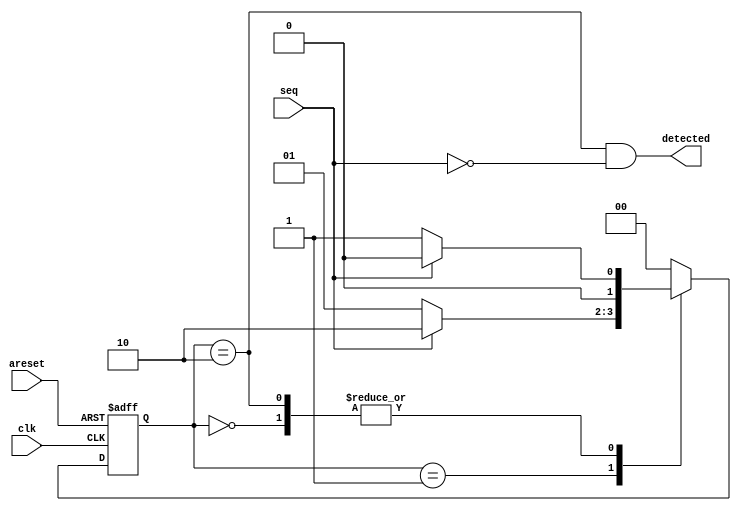
`timescale 1ns / 1ps
//////////////////////////////////////////////////////////////////////////////////
// Company: 
// Engineer: 
// 
// Design Name: 
// Module Name:    substr 
// Project Name: 
// Target Devices: 
// Tool versions: 
// Description: 
//
// Dependencies: 
//
// Revision: 
// Revision 0.01 - File Created
// Additional Comments: 
//
//////////////////////////////////////////////////////////////////////////////////
module seq_detector
(
	//Control signals
	input clk,	//Positive edge triggered.
	input areset,	//Reset all in 1

	//Data signals
	input seq,
	output detected
);
	//Declare your variables here.
	/*parameter[1:0] S0 = 2'b00,
										S1 = 2'b01,
										S2 = 2'b10;
	*/
	reg [1:0] state = 2'b00;
	
	always @(posedge clk or posedge areset)
	begin
		//Write your code here.
		if(areset) begin 
			state<=2'b00;
			
		end
		
		else begin
			case(state) 
			2'b00: begin
					if(seq == 0) begin
						state <= 2'b01;
					end	
					else begin
						state <= 2'b00;
					end
			end 
			
			2'b01: begin
					if(seq == 1) begin
						state <= 2'b10;
					end	
					else begin
						state <= 2'b01;
					end
			end 
			
			2'b10: begin
					if(seq == 0) begin
						state <= 2'b01;
					end	
					else begin
						state <= 2'b00;
					end
			end 
			
			default: begin
				state <= 2'b00;
			end
			endcase
		end
	end
	//You may write some wiring code here.
	assign detected = (state==2'b10) & (!seq);
	
endmodule